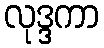
လုဒ္ဒကာ